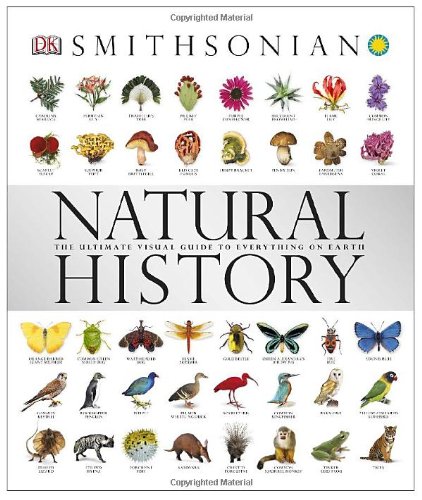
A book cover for Natural History (Smithsonian); DK Publishing; Science & Math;